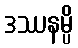
ဒဿနမ္ပိ